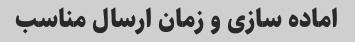
اماده سازی و زمان ارسال مناسب